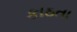
કાઠતા